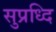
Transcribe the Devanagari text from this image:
सुप्रध्दि